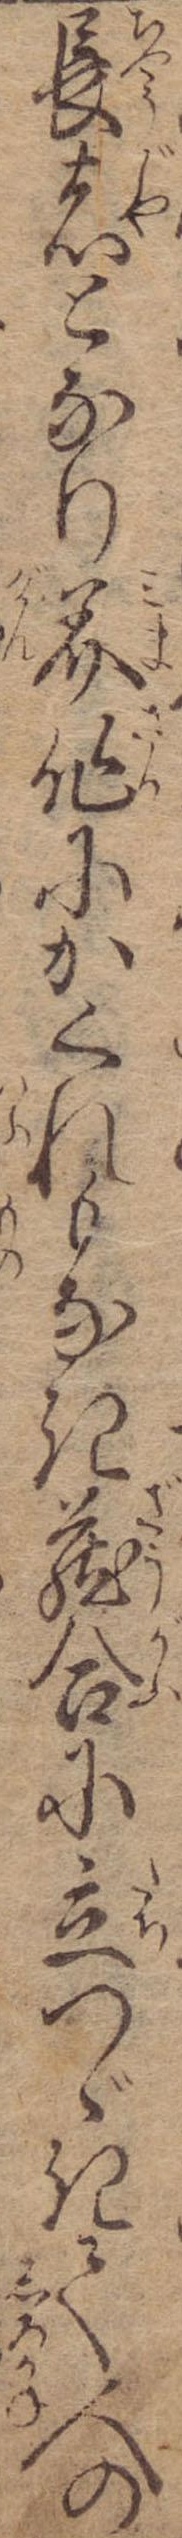
長者となり美作にかくれもなき蔵合に立つゞきて人の